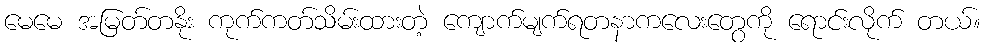
မေမေ အမြတ်တနိုး ကုက်ကတ်သိမ်းထားတဲ့ ကျောက်မျက်ရတနာကလေးတွေကို ရောင်းလိုက် တယ်။